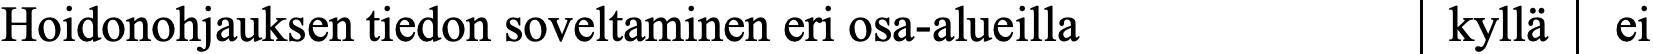
Hoidonohjauksen tiedon soveltaminen eri osa-alueilla kyllä ei